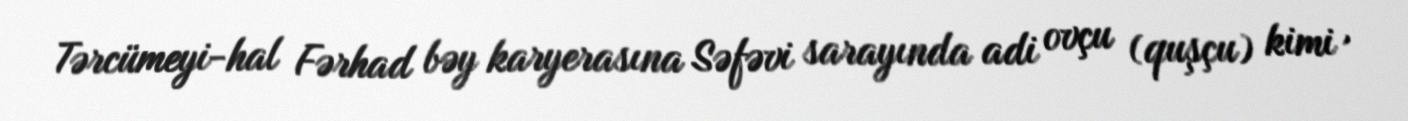
Tərcümeyi-hal Fərhad bəy karyerasına Səfəvi sarayında adi ovçu (quşçu) kimi ,